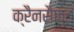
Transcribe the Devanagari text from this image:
क्रैनसैफ्ट